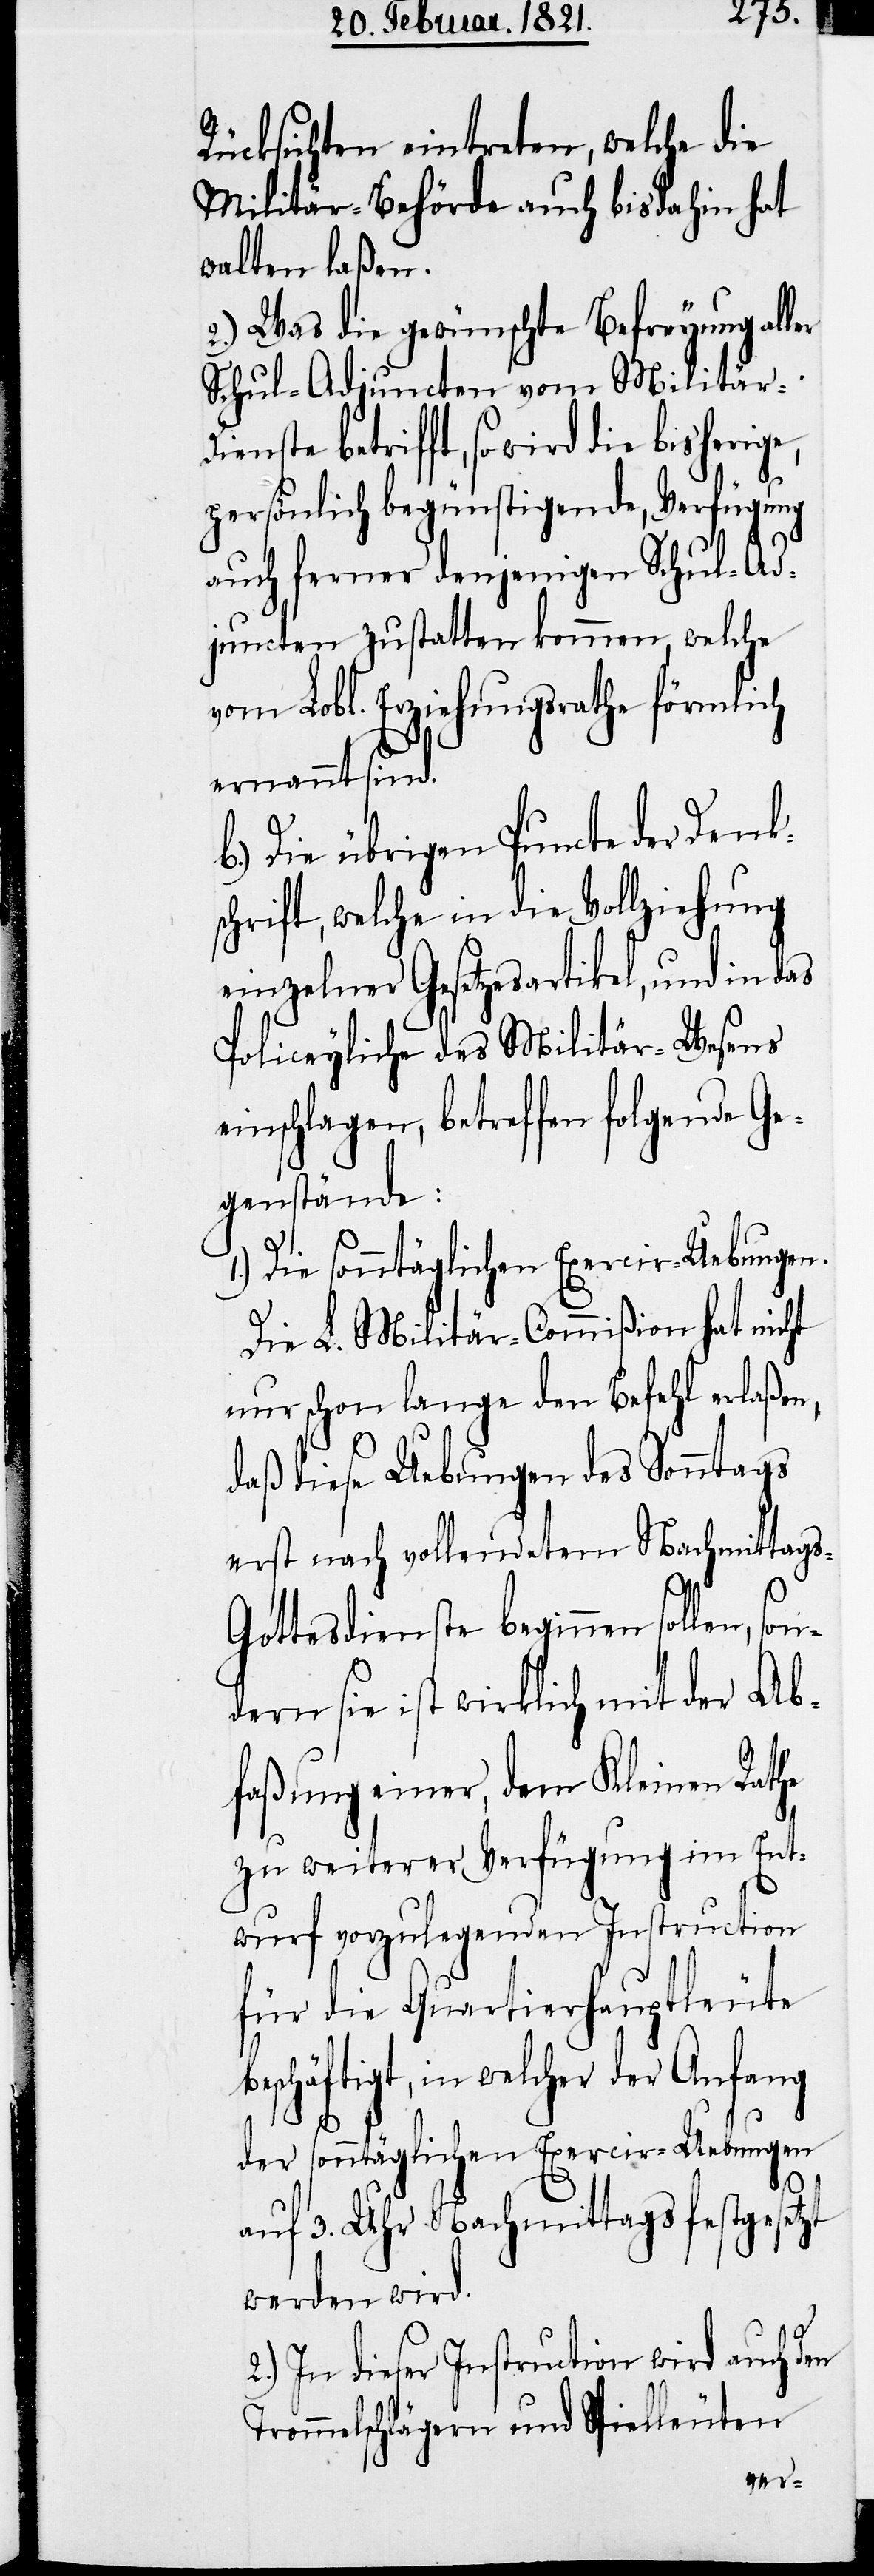
Rücksichten eintreten, welche die
Militär-Behörde auch bis dahin hat
walten laßen.
2.) Was die gewünschte Befreyung all¬
Schul-Adjuncten vom Militär-Di¬
enste betrifft, so wird die bisherige,
be¬
persönlich begünstigende, Verfügung
auch ferner denjenigen Schul-Ad¬
juncten zustatten kommen, welche
vom Lobl. Erziehungsrathe förmlich
ernannt sind.
b.) Die übrigen Puncte der Denks¬
chrift, welche in die Vollziehung
einzelner Gesetzesartikel, und in das
Policeyliche des Militär-Wesens
einschlagen, betreffen folgende Ge¬
genstände:
1.) Die sonntäglichen Exercir-Uebungen.
Die L. Militär-Commißion hat nicht
nur schon lange den Befehl erlaßen,
daß diese Uebungen des Sonntags
erst nach vollendetem Nachmittag¬
s-Gottesdienste beginnen sollen, son¬
dern sie ist wirklich mit der Ab¬
faßung einer, dem Kleinen Rathe
zu weiterer Verfügung im Ent¬
wurf vorzulegenden Instruction
für die Quartierhauptleute
schäftigt, in welcher der Anfang
der sonntäglichen Exercir-Uebungen
er
auf 3. Uhr Nachmittags festgesetzt
werden wird.
In dieser Instruction wird auch den
Trommelschlägern und Spielleuten